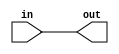
///////////////////
module const_val_gen #(parameter W=8)(in, out);

	input [W-1:0] in;
	output [W-1:0] out;
	
	assign out = in;
	
endmodule
///////////////////
module dec_2x4(inp, out);

	input [1:0] inp;
	output [3:0] out;
	
	assign out[3] = inp[1] & inp[0];
	assign out[2] = inp[1] & (~inp[0]);
	assign out[1] = (~inp[1]) & inp[0];
	assign out[0] = (~inp[1]) & (~inp[0]);
	
endmodule
///////////////////
module dec_3x8(inp, out);

	input [2:0] inp;
	output [7:0] out;
	
	assign out[7] = (inp[2]) & (inp[1]) & (inp[0]);
	assign out[6] = (inp[2]) & (inp[1]) & (~inp[0]);
	assign out[5] = (inp[2]) & (~inp[1]) & (inp[0]);
	assign out[4] = (inp[2]) & (~inp[1]) & (~inp[0]);
	assign out[3] = (~inp[2]) & (inp[1]) & (inp[0]);
	assign out[2] = (~inp[2]) & (inp[1]) & (~inp[0]);
	assign out[1] = (~inp[2]) & (~inp[1]) & (inp[0]);
	assign out[0] = (~inp[2]) & (~inp[1]) & (~inp[0]);
	
endmodule
///////////////////
module dec_4x16(inp, out);

	input [3:0] inp;
	output [15:0] out;
	
	assign out[15] = (inp[3]) & (inp[2]) & (inp[1]) & (inp[0]);
	assign out[14] = (inp[3]) & (inp[2]) & (inp[1]) & (~inp[0]);
	assign out[13] = (inp[3]) & (inp[2]) & (~inp[1]) & (inp[0]);
	assign out[12] = (inp[3]) & (inp[2]) & (~inp[1]) & (~inp[0]);
	assign out[11] = (inp[3]) & (~inp[2]) & (inp[1]) & (inp[0]);
	assign out[10] = (inp[3]) & (~inp[2]) & (inp[1]) & (~inp[0]);
	assign out[9] = (inp[3]) & (~inp[2]) & (~inp[1]) & (inp[0]);
	assign out[8] = (inp[3]) & (~inp[2]) & (~inp[1]) & (~inp[0]);
	assign out[7] = (~inp[3]) & (inp[2]) & (inp[1]) & (inp[0]);
	assign out[6] = (~inp[3]) & (inp[2]) & (inp[1]) & (~inp[0]);
	assign out[5] = (~inp[3]) & (inp[2]) & (~inp[1]) & (inp[0]);
	assign out[4] = (~inp[3]) & (inp[2]) & (~inp[1]) & (~inp[0]);
	assign out[3] = (~inp[3]) & (~inp[2]) & (inp[1]) & (inp[0]);
	assign out[2] = (~inp[3]) & (~inp[2]) & (inp[1]) & (~inp[0]);
	assign out[1] = (~inp[3]) & (~inp[2]) & (~inp[1]) & (inp[0]);
	assign out[0] = (~inp[3]) & (~inp[2]) & (~inp[1]) & (~inp[0]);

endmodule
///////////////////
module mux_2x1 #(parameter W=8)(in0, in1, sel, out);

	input [W-1:0] in0, in1;
	input sel;
	output reg [W-1:0] out;
	
	always @(in0, in1, sel)
		case(sel)
			1'b0: out = in0;
			1'b1: out = in1;
		endcase
	
endmodule
///////////////////
module mux_4x1 #(parameter W=8)(in0, in1, in2, in3, sel, out);

	input [W-1:0] in0, in1, in2, in3;
	input [1:0] sel;
	output reg [W-1:0] out;

	always @(in0, in1, in2, in3, sel)
		case(sel)
			2'b00: out = in0;
			2'b01: out = in1;
			2'b10: out = in2;
			2'b11: out = in3;
		endcase
endmodule
///////////////////
module mux_8x1 #(parameter W=8)(in0, in1, in2, in3, in4, in5, in6, in7, sel, out);

	input [W-1:0] in0, in1, in2, in3, in4, in5, in6, in7;
	input [2:0] sel;
	wire [W-1:0] middle_out0, middle_out1;
	output [W-1:0] out;

	mux_4x1 #(W) mux1 (in0, in1, in2, in3, sel[1:0], middle_out0);
	mux_4x1 #(W) mux2 (in4, in5, in6, in7, sel[1:0], middle_out1);
	
	mux_2x1 #(W) mux3 (middle_out0, middle_out1, sel[2], out);

endmodule
///////////////////
module mux_16x1 #(parameter W=8)(in0, in1, in2, in3, in4, in5, in6, in7, in8, in9, in10, in11, in12, in13, in14, in15, sel, out);

	input [W-1:0] in0, in1, in2, in3, in4, in5, in6, in7, in8, in9, in10, in11, in12, in13, in14, in15;
	input [3:0] sel;
	wire [W-1:0] middle_out0, middle_out1, middle_out2, middle_out3;
	output [W-1:0] out;
	
	mux_4x1 #(W) mux1 (in0, in1, in2, in3, sel[1:0], middle_out0);
	mux_4x1 #(W) mux2 (in4, in5, in6, in7, sel[1:0], middle_out1);
	mux_4x1 #(W) mux3 (in8, in9, in10, in11, sel[1:0], middle_out2);
	mux_4x1 #(W) mux4 (in12, in13, in14, in15, sel[1:0], middle_out3);
	
	mux_4x1 #(W) mux5 (middle_out0, middle_out1, middle_out2, middle_out3, sel[3:2], out);
	
endmodule
///////////////////
module alu #(parameter W=8)(A, B, out, control, N, Z, CO, OVF);
	
	input [W-1:0] A, B;
	input [2:0] control;
	output reg N,Z,CO,OVF;
	output reg [W-1:0] out;
	
	always @(A, B, control)
	begin
		case(control)
		3'b000:	begin
					{CO, out} = A + B;
					OVF = (A[W-1] ~^ B[W-1]) & (A[W-1] ^ out[W-1]);
					// OVF=1 if the addition of 2 same-signed numbers produces a result with the opposite sign
					end
		3'b001:	begin
					{CO, out} = A - B;
					OVF = (A[W-1] ^ out[W-1]) & (A[W-1] ^ B[W-1]);
					// OVF=1 if A and out have opposite signs and A and B have different signs upon subtraction
					end
		3'b010:	begin
					{CO, out} = B - A;
					OVF = (B[W-1] ^ out[W-1]) & (A[W-1] ^ B[W-1]);
					// OVF=1 if B and out have opposite signs and A and B have different signs upon subtraction
					end
		3'b011:	begin
					out = A & (~B);
					CO = 0;
					OVF = 0;
					end
		3'b100:	begin
					out = A & B;
					CO = 0;
					OVF = 0;
					end
		3'b101:	begin
					out = A | B;
					CO = 0;
					OVF = 0;
					end
		3'b110:	begin
					out = A ^ B;
					CO = 0;
					OVF = 0;
					end
		3'b111:	begin
					out = A ~^ B;
					CO = 0;
					OVF = 0;
					end
		endcase
		N = out[W-1];
		Z = (out == 0); //??
	end
	
endmodule
///////////////////
// REG WITH SYNC RESET
///////////////////
module reg_w_res #(parameter W=8) (clk, rst, inp, out);
	
	input clk, rst;
	input [W-1:0] inp;
	output reg [W-1:0] out;
	
	initial begin
		out <= 0;
	end
	
	always @(posedge clk)
	begin
		if (rst) begin
			out <= 0;
		end else begin
			out <= inp;
		end
	end
	
endmodule
// REG WITH SYNC RESET & ENABLE PIN
///////////////////
module reg_w_rst_en #(parameter W=8) (clk, rst, en, inp, out);
	
	input clk, rst, en;
	input [W-1:0] inp;
	output reg [W-1:0] out;
	
	initial begin
		out = 0;
	end
	
	always @(posedge clk)
	begin
		if (en) begin
			if (rst) begin
				out <= 0;
			end else begin
				out <= inp;
			end
		end
	end
	
endmodule
// 32 BIT REGISTER WITH SYNC RESET & ENABLE PIN, INITIAL VALUE IS THE PARAMETER
module bit_32_reg_w_rst_en #(parameter D=8) (clk, rst, en, inp, out);
	
	input clk, rst, en;
	input [31:0] inp;
	output reg [31:0] out;
	
	initial begin
		out = D;
	end
	
	always @(posedge clk)
	begin
		if (en) begin
			if (rst) begin
				out <= 0;
			end else begin
				out <= inp;
			end
		end
	end
	
endmodule
// 8 BIT REGISTER WITH SYNC RESET & ENABLE PIN, INITIAL VALUE IS THE PARAMETER
module bit_8_reg_w_rst_en #(parameter D=0) (clk, rst, en, inp, out);

	input clk, rst, en;
	input [7:0] inp;
	output reg [7:0] out;
	
	initial begin
		out = D;
	end
	
	always @(posedge clk)
	begin
		if (en) begin
			if (rst) begin
				out <= 0;
			end else begin
				out <= inp;
			end
		end
	end
	
endmodule
// SHIFT REG WITH SYNC RESET & SERIAL AND PARALLEL LOAD
///////////////////
module reg_w_shft #(parameter W=8) (clk, rst, parallel, shr, p_in, p_out, s_in_r, s_in_l, s_out_r, s_out_l);
	
	input clk, rst, parallel, s_in_l, s_in_r, shr;
	input [W-1:0] p_in;
	
	output s_out_l, s_out_r;
	output reg [W-1:0] p_out;
	
	assign s_out_l = p_out[W-1];
	assign s_out_r = p_out[0];
	
	always @(posedge clk)
	begin
		if (rst)
			p_out <= 0;
		else
			if (parallel)
				p_out <= p_in;
			else
				if (shr)
					p_out <= {s_in_l, p_out[W-1:1]};	
				else
					p_out <= {p_out[W-2:0], s_in_r};
	end
endmodule
///////////////////
module reg_file #(parameter W=8) (clk, rst, w_en, addr_in, s_out1, s_out2, data_in, data_out1, data_out2);

	input clk, rst, w_en;
	input [1:0] addr_in, s_out1, s_out2;
	input [W-1:0] data_in;
	output [W-1:0] data_out1, data_out2;
	
	wire [3:0] dec_out;
	wire [W-1:0] reg_out1, reg_out2, reg_out3, reg_out4;
	
	dec_2x4 DEC_ADDR(addr_in, dec_out);
	
	reg_w_rst_en #(W) R1(clk, rst, (dec_out[0] & w_en), data_in, reg_out1);
	reg_w_rst_en #(W) R2(clk, rst, (dec_out[1] & w_en), data_in, reg_out2);
	reg_w_rst_en #(W) R3(clk, rst, (dec_out[2] & w_en), data_in, reg_out3);
	reg_w_rst_en #(W) R4(clk, rst, (dec_out[3] & w_en), data_in, reg_out4);
	
	mux_4x1 #(W) MUX_OUT1(reg_out1, reg_out2, reg_out3, reg_out4, s_out1, data_out1);
	mux_4x1 #(W) MUX_OUT2(reg_out1, reg_out2, reg_out3, reg_out4, s_out2, data_out2);
	
endmodule
///////////////////